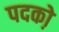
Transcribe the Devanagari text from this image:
पदको़